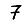
Digit: 7